Indian journal of veterinary science and animal husbandry - Volumes 24-25, 1954-1955
Year: 1954
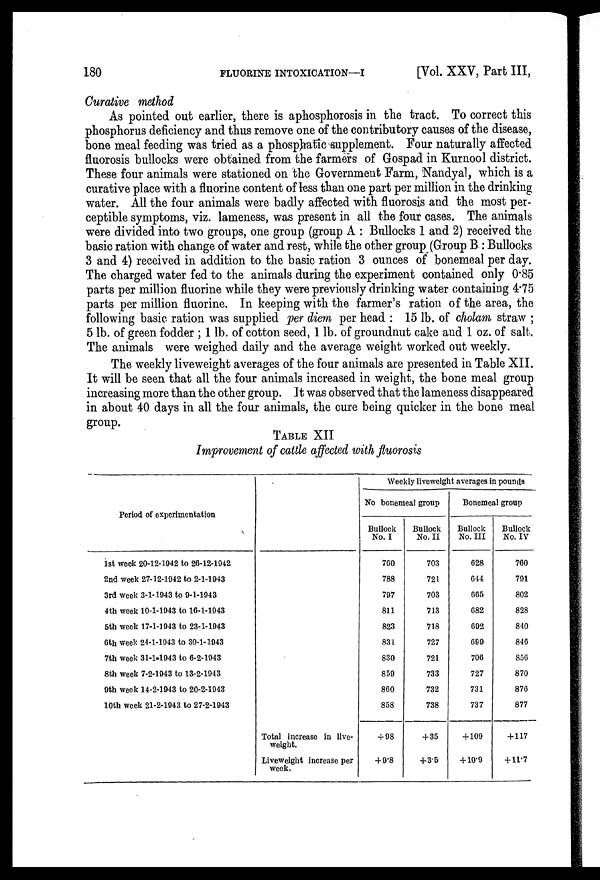
180
FLUORINE
INTOXICATION—I
[Vol. XXV, Part III,
Curative method
As pointed out earlier, there is aphosphorosis in the tract. To correct this
phosphorus deficiency and thus remove one of the contributory causes of the disease,
bone meal feeding was tried as a phosphatic supplement. Four naturally affected
fluorosis bullocks were obtained from the farmers of Gospad in Kurnool district.
These four animals were stationed on the Government Farm, Nandyal, which is a
curative place with a fluorine content of less than one part per million in the drinking
water. All the four animals were badly affected with fluorosis and the most per-
ceptible symptoms, viz. lameness, was present in all the four cases. The animals
were divided into two groups, one group (group A: Bullocks 1 and 2) received the
basic ration with change of water and rest, while the other group (Group B: Bullocks
3 and 4) received in addition to the basic ration 3 ounces of bonemeal per day.
The charged water fed to the animals during the experiment contained only 085
parts per million fluorine while they were previously drinking water containing 4.75
parts per million fluorine. In keeping with the farmer's ration of the area, the
following basic ration was supplied per diem per head: 15 lb. of cholam straw;
5 lb. of green fodder; 1 lb. of cotton seed, 1 lb. of groundnut cake and 1 oz. of salt.
The animals were weighed daily and the average weight worked out weekly.
The weekly liveweight averages of the four animals are presented in Table XII.
It will be seen that all the four animals increased in weight, the bone meal group
increasing more than the other group. It was observed that the lameness disappeared
in about 40 days in all the four animals, the cure being quicker in the bone meal
group.
TABLE XII
Improvement of cattle affected with fluorosis
Period of experimentation
1st week 20-12-1942 to 26-12-1942
2nd week 27-12-1942 to 2-1-1943
3rd week 3-1-1943 to 9-1-1943
4th week 10-1-1943 to 16-1-1943
5th week 17-1-1943 to 23-1-1943
6th week 21-1-1943 to 30-1-1943
7th week 31-1-1943 to 6-2-1943
8th week 7-2-1943 to 13-2-1943
9th week 14-2-1943 to 20-2-1943
10th week 21-2-1943 to 27-2-1943
Total increase in live-
weight.
Liveweight increase per
week.
Weekly liveweight averages in pounds
No bonemeal group
Bullock
No. I
760
788
797
811
823
831
830
859
860
858
+ 98
+9.8
Bullock
No. II
703
721
703
713
718
727
721
733
732
738
+ 35
+3.5
Bonemeal group
Bullock
No. III
628
644
665
682
692
609
706
727
731
737
+ 109
+10.9
Bullock
No. IV
760
791
802
828
840
846
856
870
876
877
+ 117
+11.7